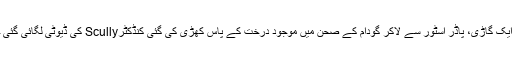
باہری دروازوں پر باڑھ لگاکر ان کے اندر توپیں نصب کردی گئیں اسی دورا ن ایک گاڑی، پاڈر اسٹور سے لاکر گودام کے صحن میں موجود درخت کے پاس کھڑی کی گئی کنڈکٹرScully کی ڈیوٹی لگائی گئی جسے دفاع ناکام ہونے کی صورت میں سگنل ملنے پر گاڑی کو آگ لگانی تھی۔